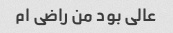
عالی بود من راضی ام